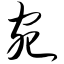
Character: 宛